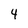
Character: 4